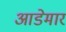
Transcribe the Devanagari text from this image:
आडेमार